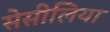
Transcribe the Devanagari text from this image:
सेसीलिया